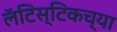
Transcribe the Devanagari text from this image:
लॅटिस्टिकच्या